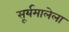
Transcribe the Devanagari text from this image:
सूर्यमालेला